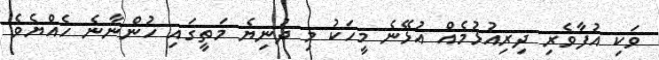
ވަކި އުފާވެރި ދިރިއުޅުމެއް އުޅޭނެ މީހަކު މި ދުނިޔެ މަތީގައި ހުންނާނެ ހެއްޔެވެ